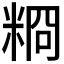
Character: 𥺂